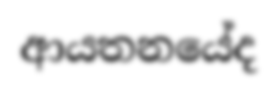
ආයතනයේද